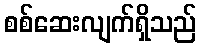
စစ်ဆေးလျက်ရှိသည်